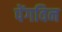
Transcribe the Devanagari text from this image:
पेंगविन